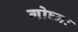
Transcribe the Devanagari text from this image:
गोघ्नः